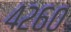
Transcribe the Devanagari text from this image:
४२६०